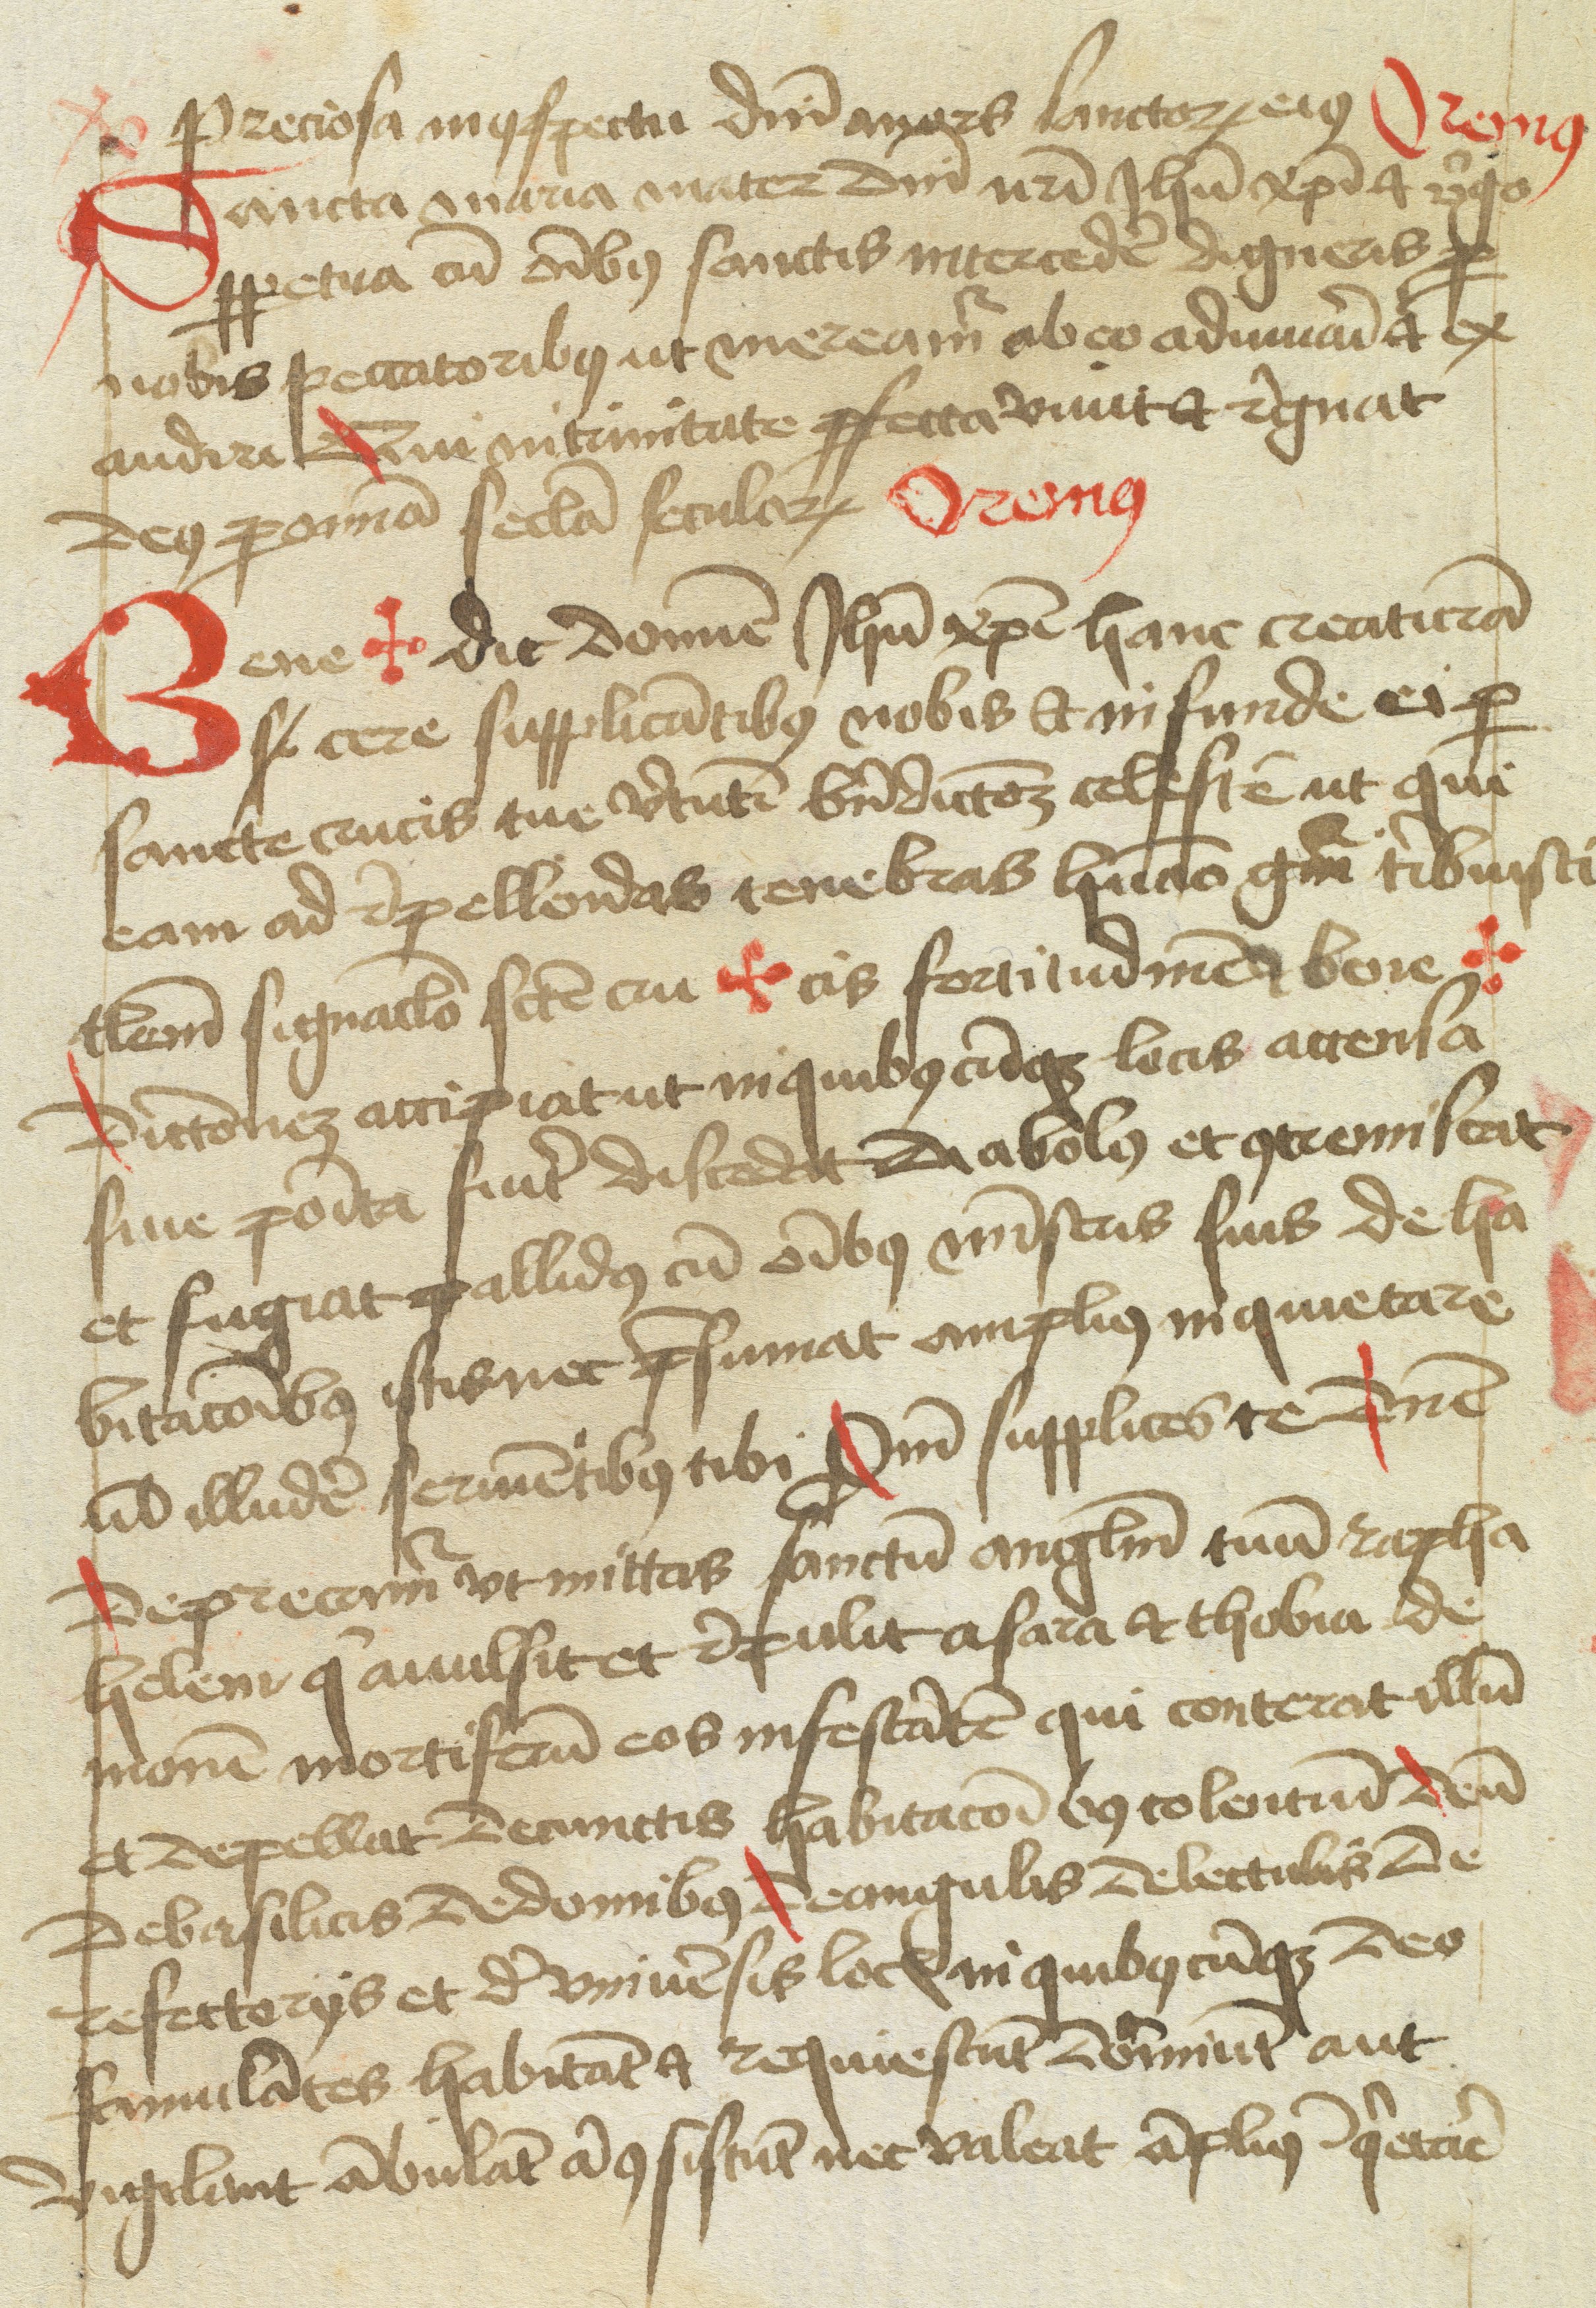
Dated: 1477–1487